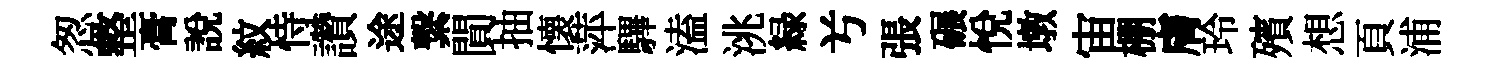
怱整膏説紋恃讚途繋閴抽懐萍驆溘洮緑𠔃張碾悦墩宙棚膚玲殯想頁浦